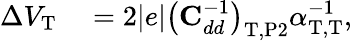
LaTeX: \begin{array}{rl}{\Delta V_{\mathrm{T}}}&{{}=2|e|\big(\mathrm{\textbf{C}}_{dd}^{-1}\big)_{\mathrm{T},\mathrm{P2}}\alpha_{\mathrm{T},\mathrm{T}}^{-1},}\end{array}